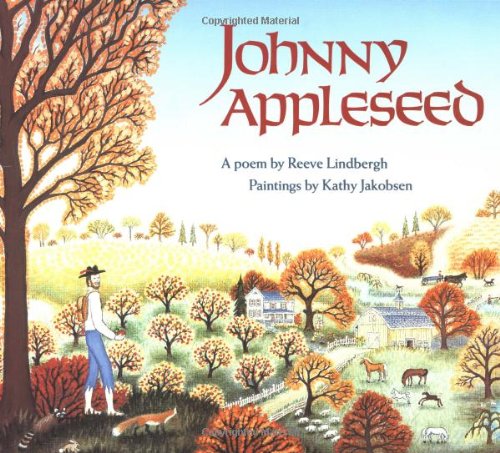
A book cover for Johnny Appleseed; Reeve Lindbergh; Children's Books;